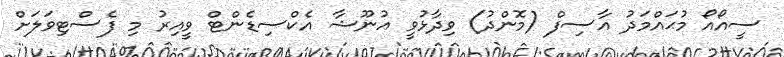
ސީއޯއޯ މުޙައްމަދު އާސިފް (މޮންދު) ވިދާޅުވީ އުނޫޝާ އެކްސިޑެންޓް ވީއިރު މި ފެސްޓިވަލަށް